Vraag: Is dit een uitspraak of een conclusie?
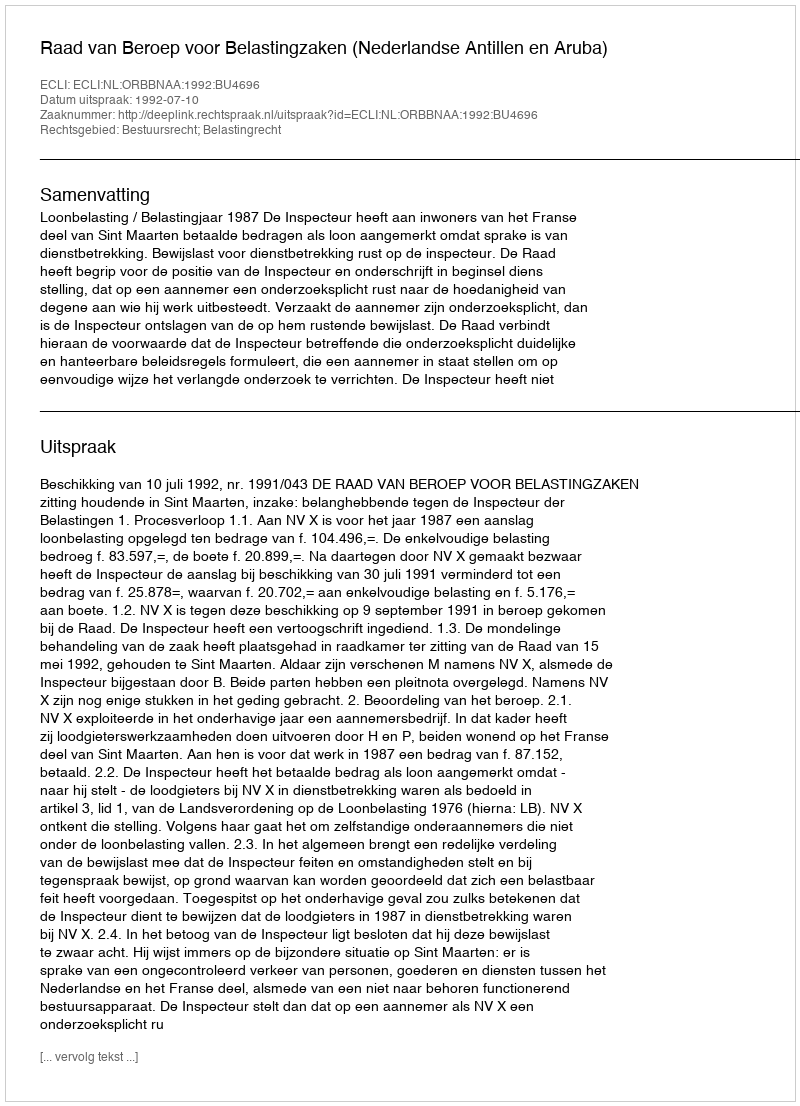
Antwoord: Uitspraak